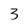
Character: 3